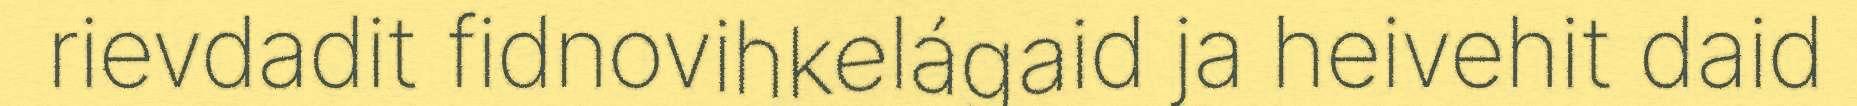
rievdadit fidnovihkelágaid ja heivehit daid